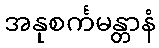
အနုစင်္ကမန္တာနံ